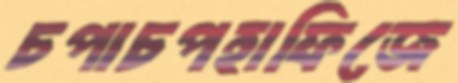
চপাচপহাফিজে